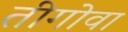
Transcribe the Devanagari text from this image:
तीगोवा